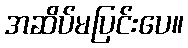
အဆိပ်မပြင်းပေ။